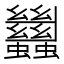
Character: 蠿